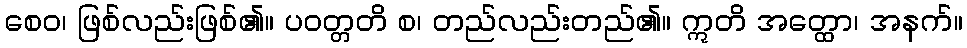
စေဝ၊ ဖြစ်လည်းဖြစ်၏။ ပဝတ္တတိ စ၊ တည်လည်းတည်၏။ ဣတိ အတ္ထော၊ အနက်။